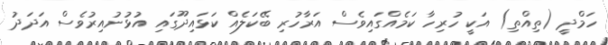
ހަމްދީ (ތިއްތި) އަކީ ހުރިހާ ކަމެެއްގައިވެސް އަރާހުރި ބޭކަލެއް ކަޅައިދޫގައި އުޅުނުއިރުވެސް އަދަދު